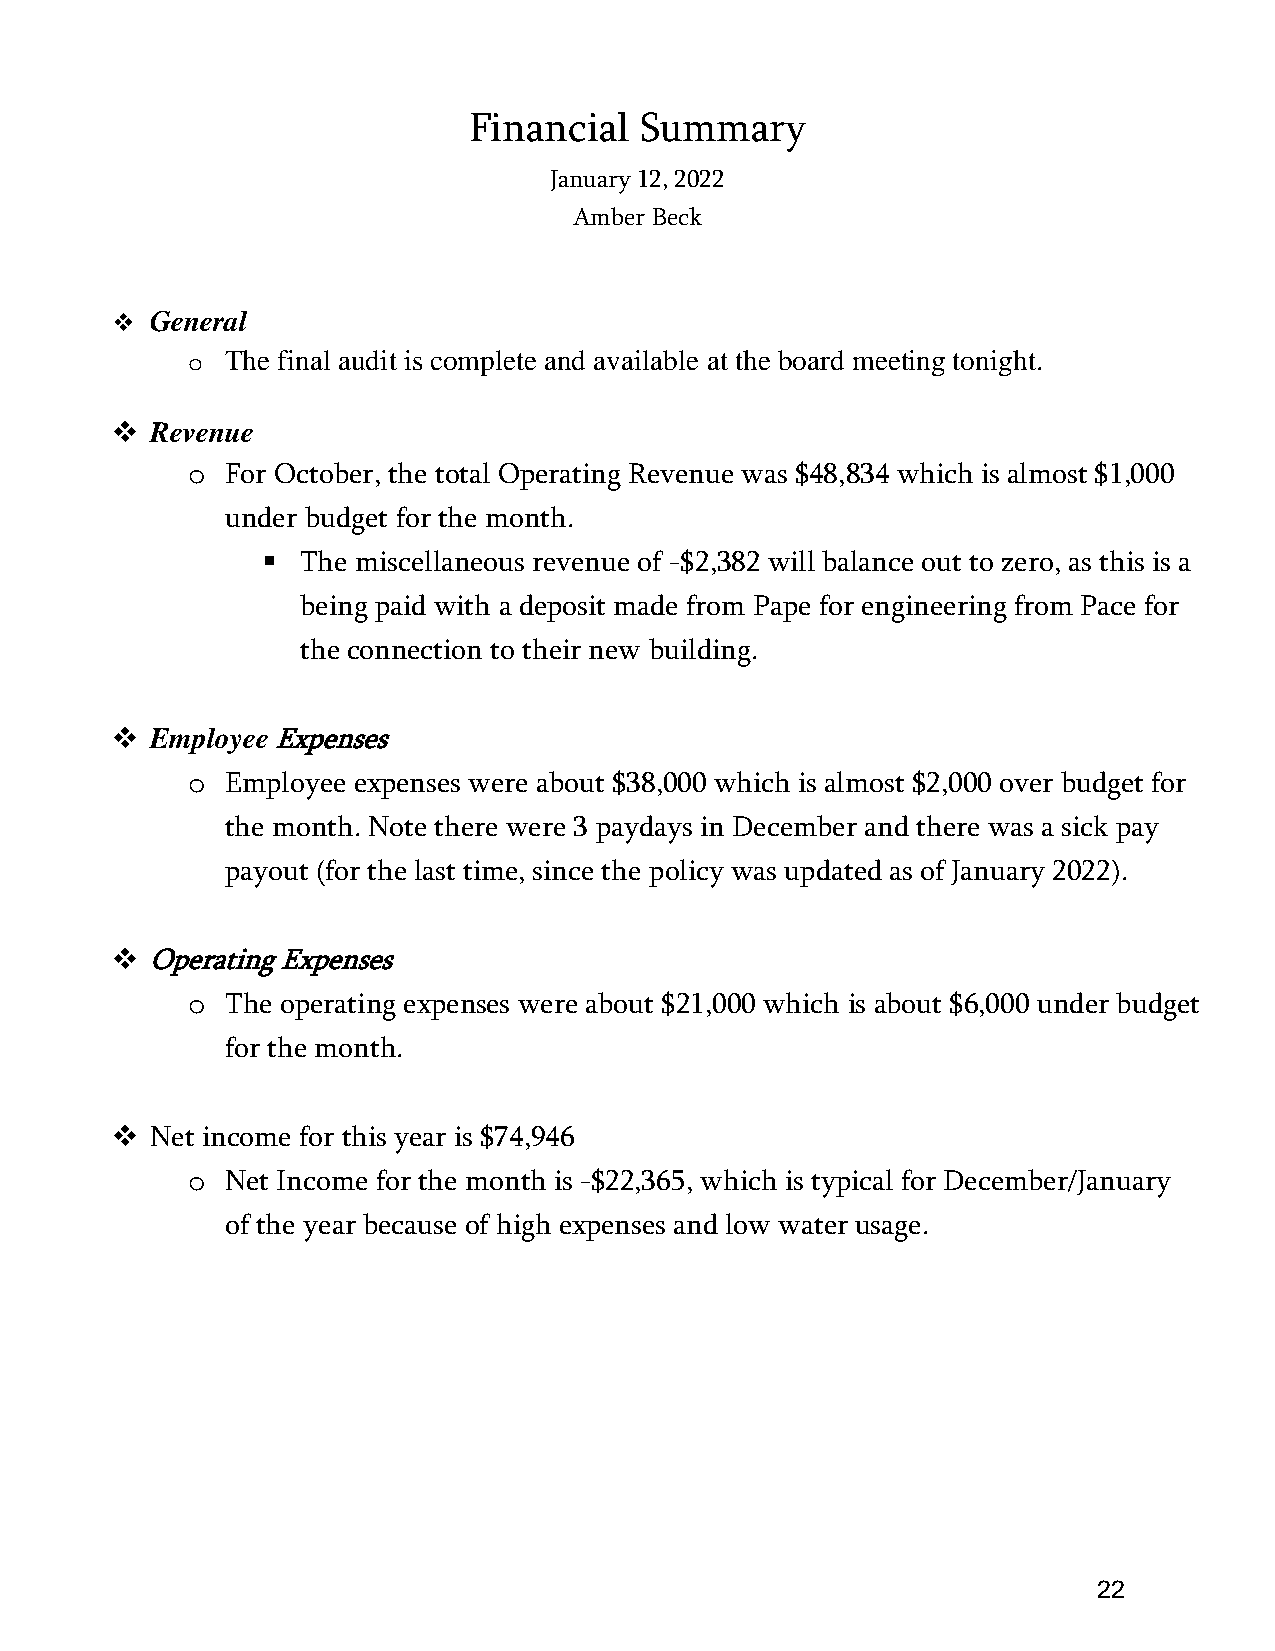
Financial  Summary
 January 12, 2022
 Amber Beck
 ❖  General
 o  The final audit is complete and available at the board meeting tonight.
 ❖  Revenue
 o  For October, the total Operating Revenue was $48,834 which is almost $1,000
 under budget for the month.
 ▪  The miscellaneous revenue of -$2,382 will balance out to zero, as this is a
 being paid with a deposit made from Pape for engineering from Pace for
 the connection to their new building.
 ❖  Employee Expenses
 o  Employee expenses were about $38,000 which is almost $2,000 over budget for
 the month. Note there were 3 paydays in December and there was a sick pay
 payout (for the last time, since the policy was updated as of January 2022).
 ❖  Operating Expenses
 o  The operating expenses were about $21,000 which is about $6,000 under budget
 for the month.
 ❖  Net income for this year is $74,946
 o  Net Income for the month is -$22,365, which is typical for December/January
 of the year because of high expenses and low water usage.
 22